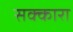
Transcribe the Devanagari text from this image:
सक्कारा